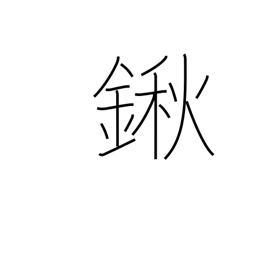
Meaning: hoe with long blade at acute angle